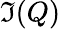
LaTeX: \Im(Q)